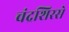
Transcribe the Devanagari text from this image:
चंद्रशिरसे